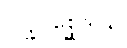
ဝဋ္ဋုပစ္ဆေဒါယ